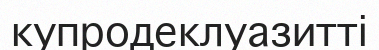
купродеклуазитті